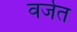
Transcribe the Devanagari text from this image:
वर्जत